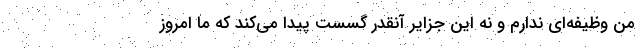
من وظیفه‌ای ندارم و نه این جزایر آنقدر گسست پیدا می‌کند که ما امروز